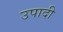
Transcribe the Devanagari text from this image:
उपादी